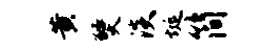
黄燹淡埏简